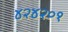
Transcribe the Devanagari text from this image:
४२४२०१